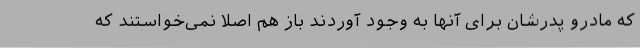
که مادرو پدرشان برای آنها به وجود آوردند باز هم اصلا نمی‌خواستند که